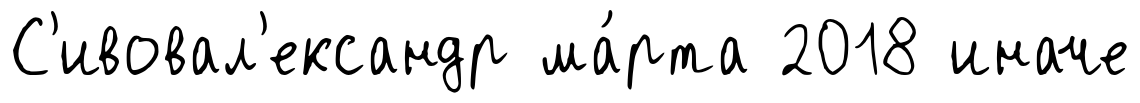
С'ивовал'ександр ма́рта 2018 иначе